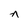
Character: n